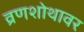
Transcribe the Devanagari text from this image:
व्रणशोथावर